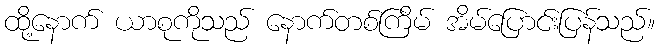
ထို့နောက် ယာစုကိုသည် နောက်တစ်ကြိမ် အိမ်ပြောင်းပြန်သည်။